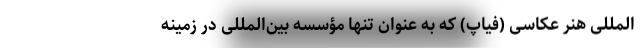
‌المللی هنر عکاسی (فیاپ) که به عنوان تنها مؤسسه بین‌المللی در زمینه